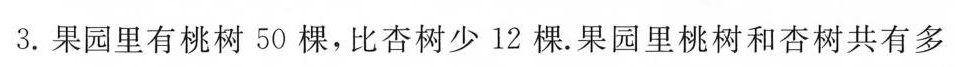
3.果园里有桃树50棵，比杏树少12棵。果园里桃树和杏树共有多